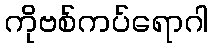
ကိုဗစ်ကပ်ရောဂါ